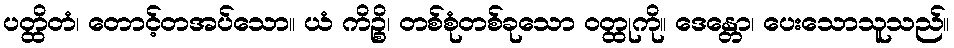
ပတ္ထိတံ၊ တောင့်တအပ်သော။ ယံ ကိဉ္စိ၊ တစ်စုံတစ်ခုသော ဝတ္ထုကို။ ဒေန္တော၊ ပေးသောသူသည်။